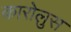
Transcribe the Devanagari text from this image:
कारोलुस